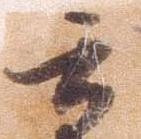
郎